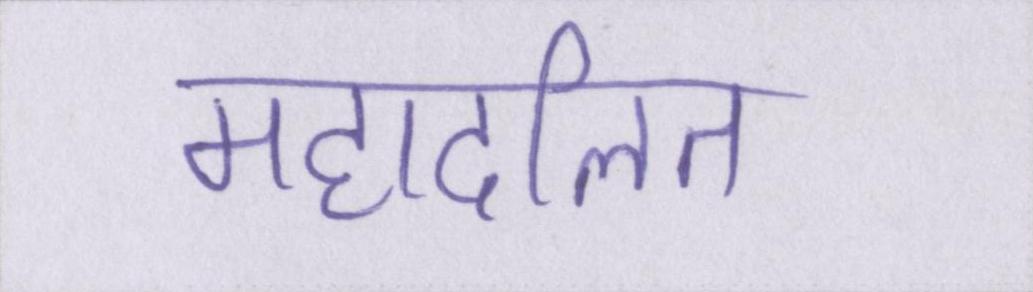
महादलित